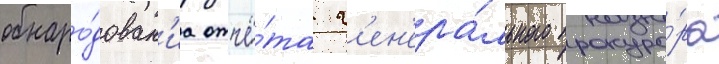
обнаро́дован'иа отчё́та г'ен'ера́льного прокуро́ра